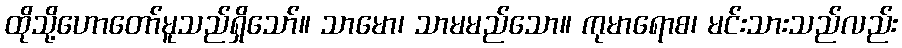
ထိုသို့ဟောတော်မူသည်ရှိသော်။ သာမော၊ သာမမည်သော။ ကုမာရောစ၊ မင်းသားသည်လည်း